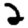
Digit: 2